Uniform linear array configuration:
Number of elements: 32
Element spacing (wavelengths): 1
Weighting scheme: binomial
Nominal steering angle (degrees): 30
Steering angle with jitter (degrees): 29.376
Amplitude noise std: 0.05
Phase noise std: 0.05

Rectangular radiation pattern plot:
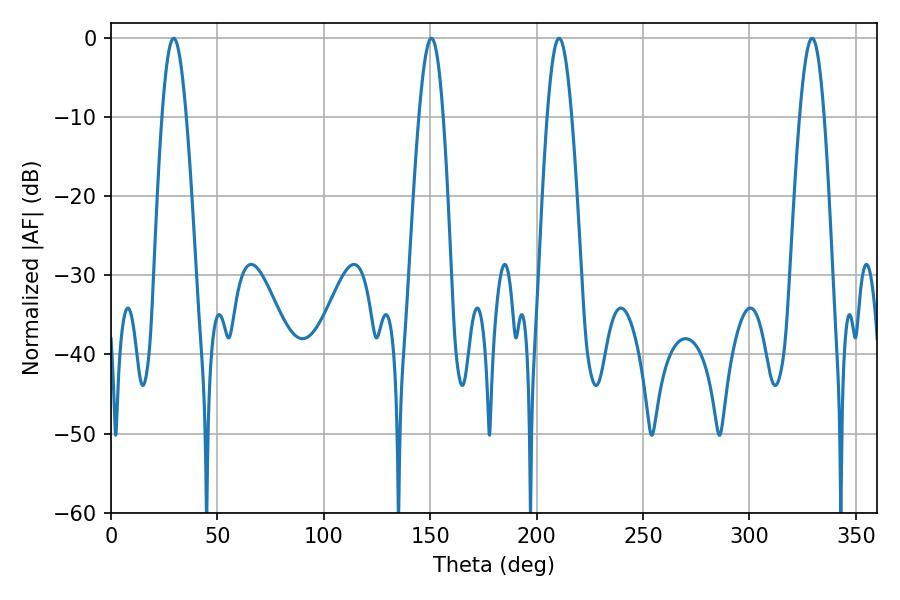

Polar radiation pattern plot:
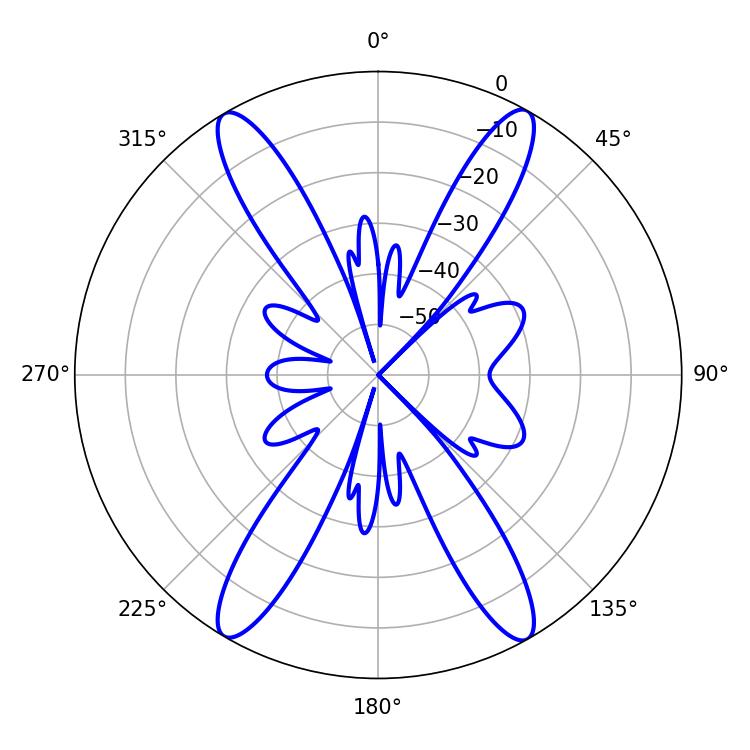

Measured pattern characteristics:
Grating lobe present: TRUE
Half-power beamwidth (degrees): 6.12
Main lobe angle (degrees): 210.6